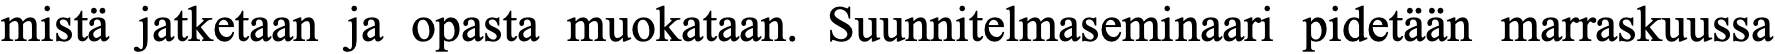
mistä jatketaan ja opasta muokataan. Suunnitelmaseminaari pidetään marraskuussa